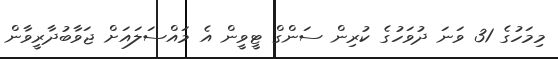
މިމަހުގެ 31 ވަނަ ދުވަހުގެ ކުރިން ސަންގް ޓީވީން އެ މައްސަލައަށް ޖަވާބުދާރީވާން